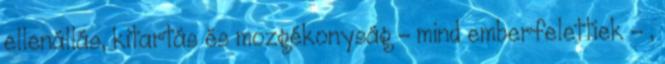
ellenállás, kitartás és mozgékonyság – mind emberfelettiek – ,